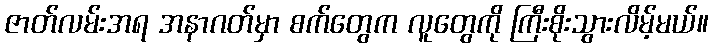
ဇာတ်လမ်းအရ အနာဂတ်မှာ စက်တွေက လူတွေကို ကြီးစိုးသွားလိမ့်မယ်။